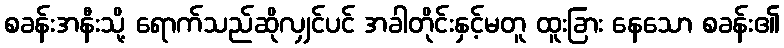
စခန်းအနီးသို့ ရောက်သည်ဆိုလျှင်ပင် အခါတိုင်းနှင့်မတူ ထူးခြား နေသော စခန်း၏